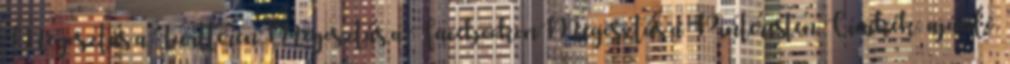
Megosztás a TwitterenMegosztás a FacebookonMegosztás a Pinteresten Címkék: ajánló,